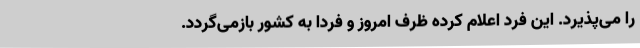
را می‌پذیرد. این فرد اعلام کرده ظرف امروز و فردا به کشور بازمی‌گردد.